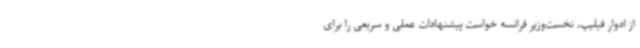
از ادوار فیلیپ، نخست‌وزیر فرانسه خواست پیشنهادات عملی و سریعی را برای